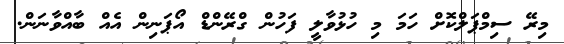
މިރޭ ސިމްޕަލްކޮށް ހަމަ މި ހުޅުވާލީ ފަހުން ގްރޭންޑް އޯޕަނިން އެއް ބާއްވާނަން.